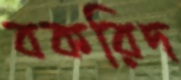
বকরিদ